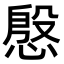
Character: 慇